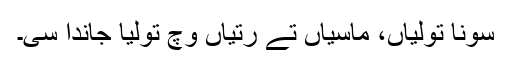
سونا تولیاں، ماسیاں تے رتیاں وچ تولیا جاندا سی۔